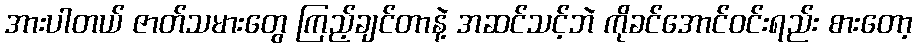
အားပါတယ် ဇာတ်သမားတွေ ကြည့်ချင်တာနဲ့ အဆင်သင့်ဘဲ ကိုခင်အောင်ဝင်းရည်း စားတော့